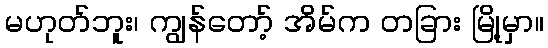
မဟုတ်ဘူး၊ ကျွန်တော့် အိမ်က တခြား မြို့မှာ။